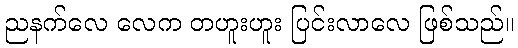
ညနက်လေ လေက တဟူးဟူး ပြင်းလာလေ ဖြစ်သည်။